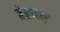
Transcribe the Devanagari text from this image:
मेसपासून